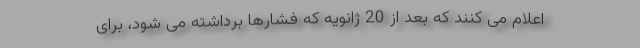
اعلام می کنند که بعد از 20 ژانویه که فشارها برداشته می شود، برای